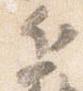
近